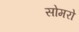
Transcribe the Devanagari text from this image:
सोमरो